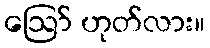
ဪ ဟုတ်လား။